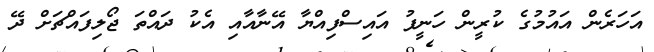
އަހަރެން އައުމުގެ ކުރީން ހަނީފު އައިސްފިއްޔާ އޭނާއާއި އެކު ދައްތަ ޖޯލިފައްޗަށް ދޭ